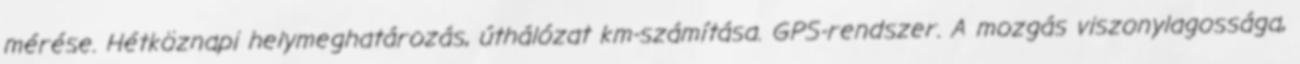
mérése. Hétköznapi helymeghatározás, úthálózat km-számítása. GPS-rendszer. A mozgás viszonylagossága,